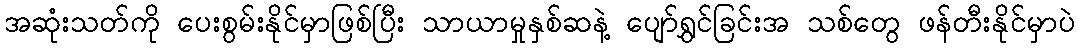
အဆုံးသတ်ကို ပေးစွမ်းနိုင်မှာဖြစ်ပြီး သာယာမှုနှစ်ဆနဲ့ ပျော်ရွှင်ခြင်းအ သစ်တွေ ဖန်တီးနိုင်မှာပဲ